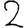
Digit: 2